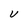
Character: V